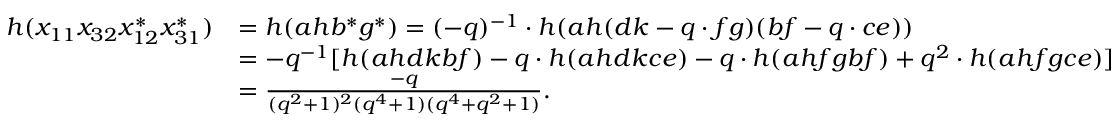
\begin{array} { r l } { h ( x _ { 1 1 } x _ { 3 2 } x _ { 1 2 } ^ { * } x _ { 3 1 } ^ { * } ) } & { = h ( a h b ^ { * } g ^ { * } ) = ( - q ) ^ { - 1 } \cdot h ( a h ( d k - q \cdot f g ) ( b f - q \cdot c e ) ) } \\ & { = - q ^ { - 1 } [ h ( a h d k b f ) - q \cdot h ( a h d k c e ) - q \cdot h ( a h f g b f ) + q ^ { 2 } \cdot h ( a h f g c e ) ] } \\ & { = \frac { - q } { ( q ^ { 2 } + 1 ) ^ { 2 } ( q ^ { 4 } + 1 ) ( q ^ { 4 } + q ^ { 2 } + 1 ) } . } \end{array}